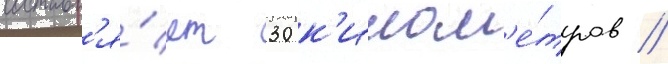
составл'я́ет 30 к'илом'е́тров //